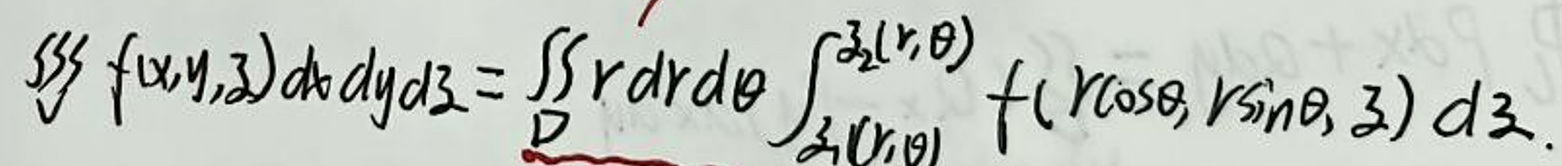
\(\iiint f(x,y,z)dxdydz = \iint_D r dr d\theta \int_{z_1(r,\theta)}^{z_2(r,\theta)} f(r\cos\theta, r\sin\theta, z) dz.\)